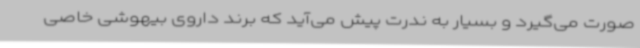
صورت می‌گیرد و بسیار به ندرت پیش می‌آید که برند داروی بیهوشی خاصی